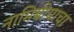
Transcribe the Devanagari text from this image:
नामिबीयाचा